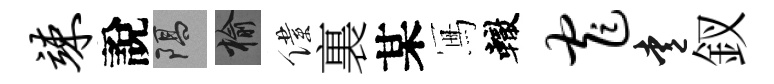
竦說隔榆僕裏某冩轍窄愛釵